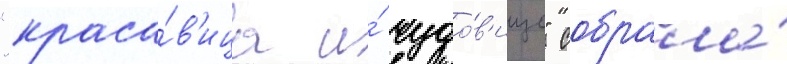
"краса́в'ица и́ чудо́в'ище" собрала́